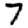
Digit: 7